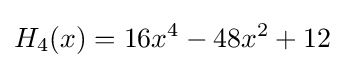
H_{4}(x)=16x^{4}-48x^{2}+12